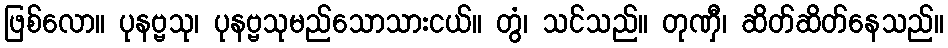
ဖြစ်လော။ ပုနဗ္ဗသု၊ ပုနဗ္ဗသုမည်သောသားငယ်။ တွံ၊ သင်သည်။ တုဏှီ၊ ဆိတ်ဆိတ်နေသည်။